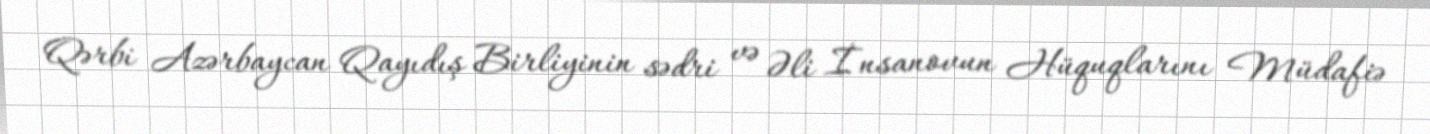
Qərbi Azərbaycan Qayıdış Birliyinin sədri və Əli İnsanovun Hüquqlarını Müdafiə